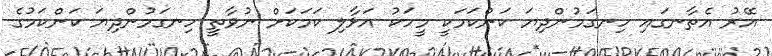
އޭރު އެތާނގައި ހިނގަމުންދިޔަ ކަންކަމަކީ މީހަކު އަޅާލި ކަމަކަށް ނުވާތީ ހިނގަމުންދިޔަ ކަންކަމުގެ